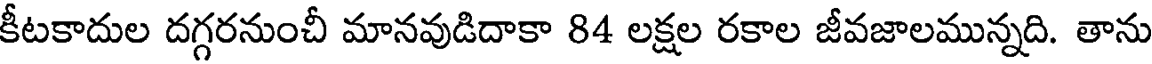
కీటకాదుల దగ్గరనుంచీ మానవుడిదాకా 84 లక్షల రకాల జీవజాలమున్నది. తాను